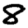
Digit: 8